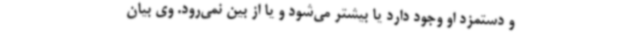
و دستمزد او وجود دارد یا بیشتر می‌شود و یا از بین نمی‌رود. وی بیان